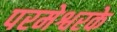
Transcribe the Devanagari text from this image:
परमेश्वरके